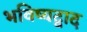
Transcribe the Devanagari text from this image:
भविष्यद्वाद